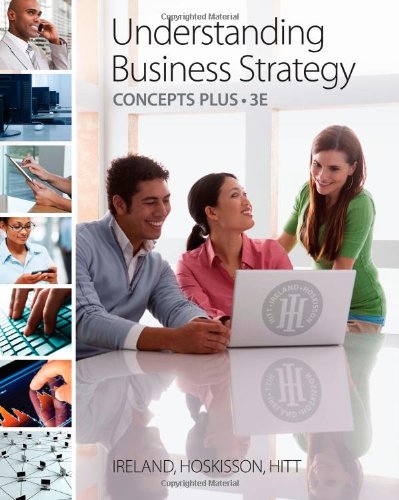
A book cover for Understanding Business Strategy Concepts Plus; R. Duane Ireland; Business & Money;